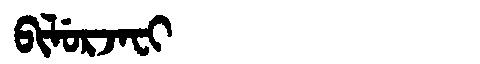
Manchu: ᠪᡳᠯᡠᡵᠵᠠᠸᡳ
Romanization: BILURJAFI